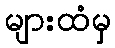
များထံမှ